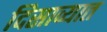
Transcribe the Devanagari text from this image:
दिसाव्यात